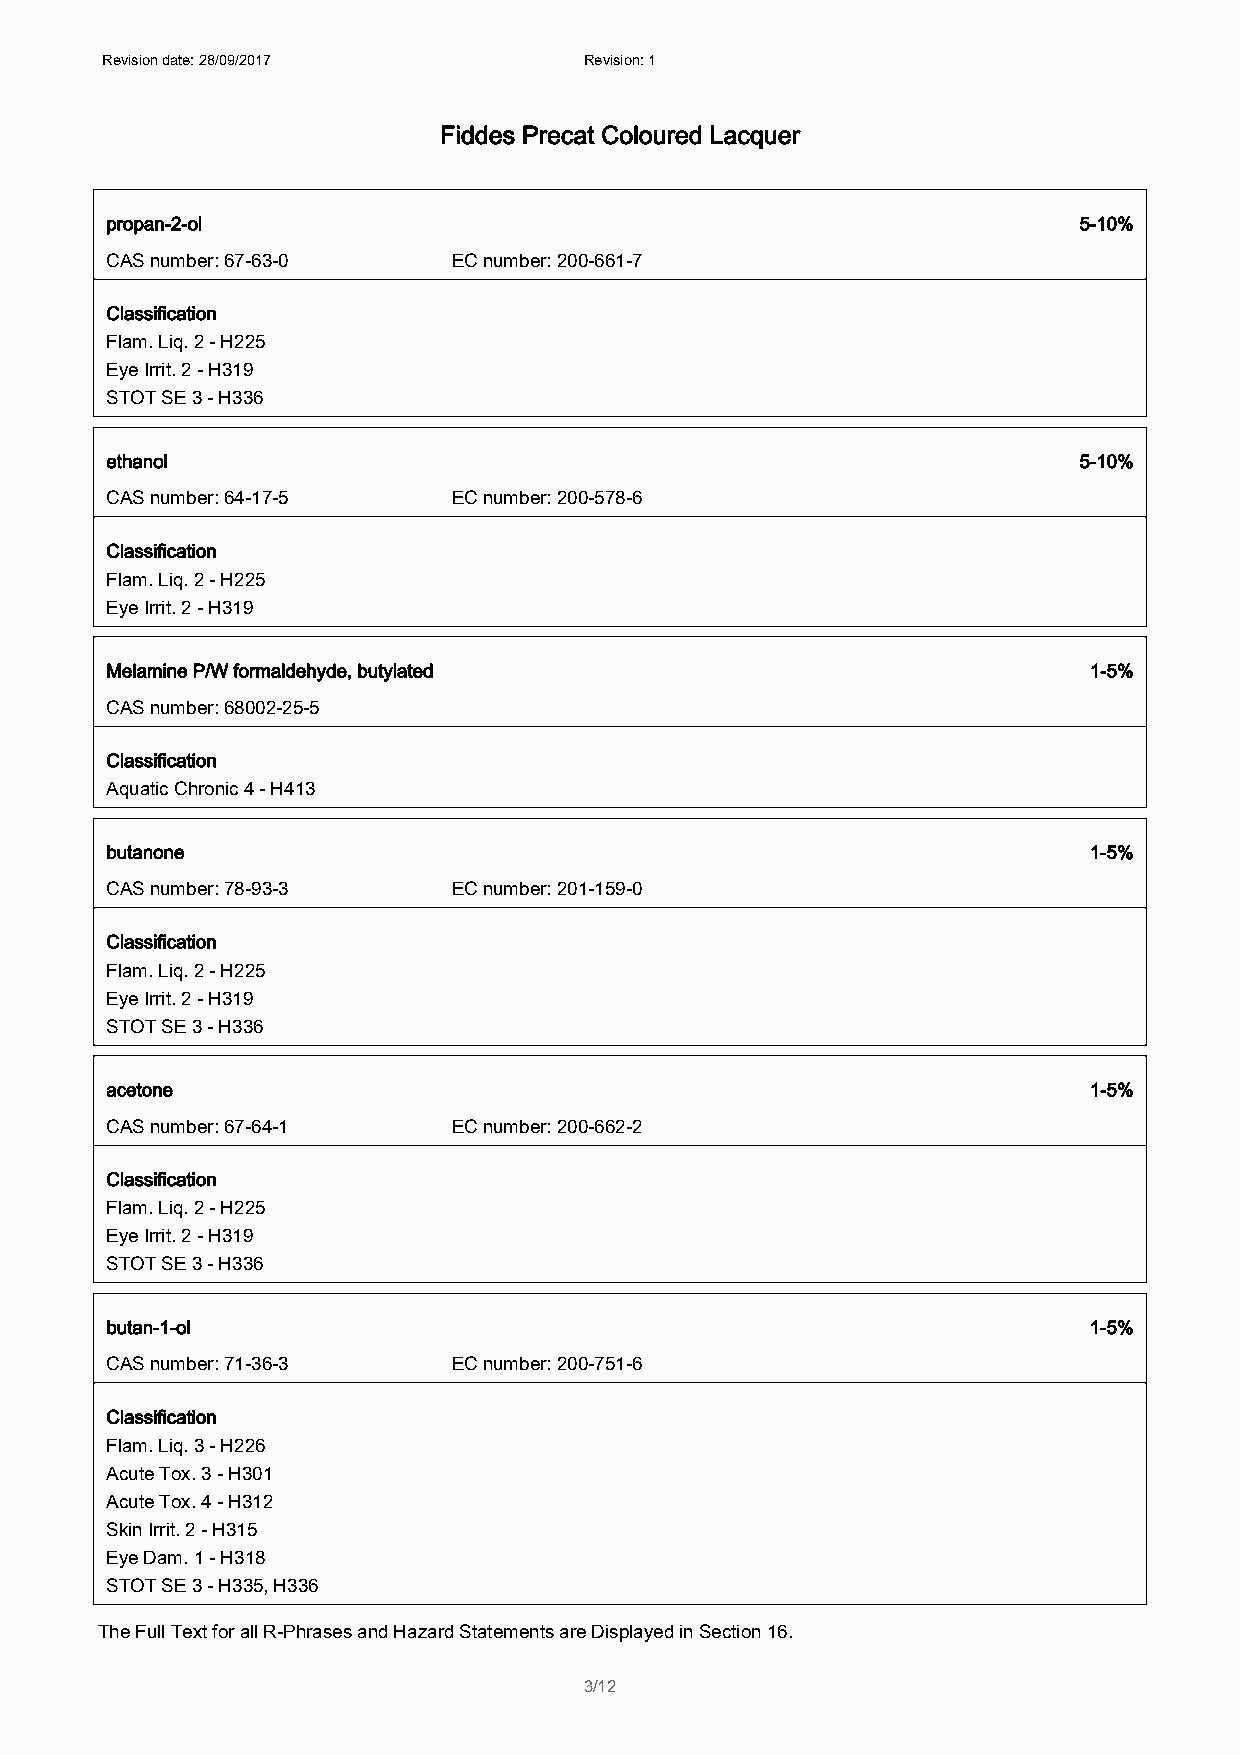
Revision date: 28/09/2017       Revision: 1
 Fiddes Precat Coloured Lacquer
 propan-2-ol                                                     5-10%
 CAS number: 67-63-0    EC number: 200-661-7
 Classification
 Flam. Liq. 2 - H225
 Eye Irrit. 2 - H319
 STOT SE 3 - H336
 ethanol                                                         5-10%
 CAS number: 64-17-5    EC number: 200-578-6
 Classification
 Flam. Liq. 2 - H225
 Eye Irrit. 2 - H319
 Melamine P/W formaldehyde, butylated                             1-5%
 CAS number: 68002-25-5
 Classification
 Aquatic Chronic 4 - H413
 butanone                                                         1-5%
 CAS number: 78-93-3    EC number: 201-159-0
 Classification
 Flam. Liq. 2 - H225
 Eye Irrit. 2 - H319
 STOT SE 3 - H336
 acetone                                                          1-5%
 CAS number: 67-64-1    EC number: 200-662-2
 Classification
 Flam. Liq. 2 - H225
 Eye Irrit. 2 - H319
 STOT SE 3 - H336
 butan-1-ol                                                       1-5%
 CAS number: 71-36-3    EC number: 200-751-6
 Classification
 Flam. Liq. 3 - H226
 Acute Tox. 3 - H301
 Acute Tox. 4 - H312
 Skin Irrit. 2 - H315
 Eye Dam. 1 - H318
 STOT SE 3 - H335, H336
 The Full Text for all R-Phrases and Hazard Statements are Displayed in Section 16.
 3/12